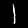
Digit: 1